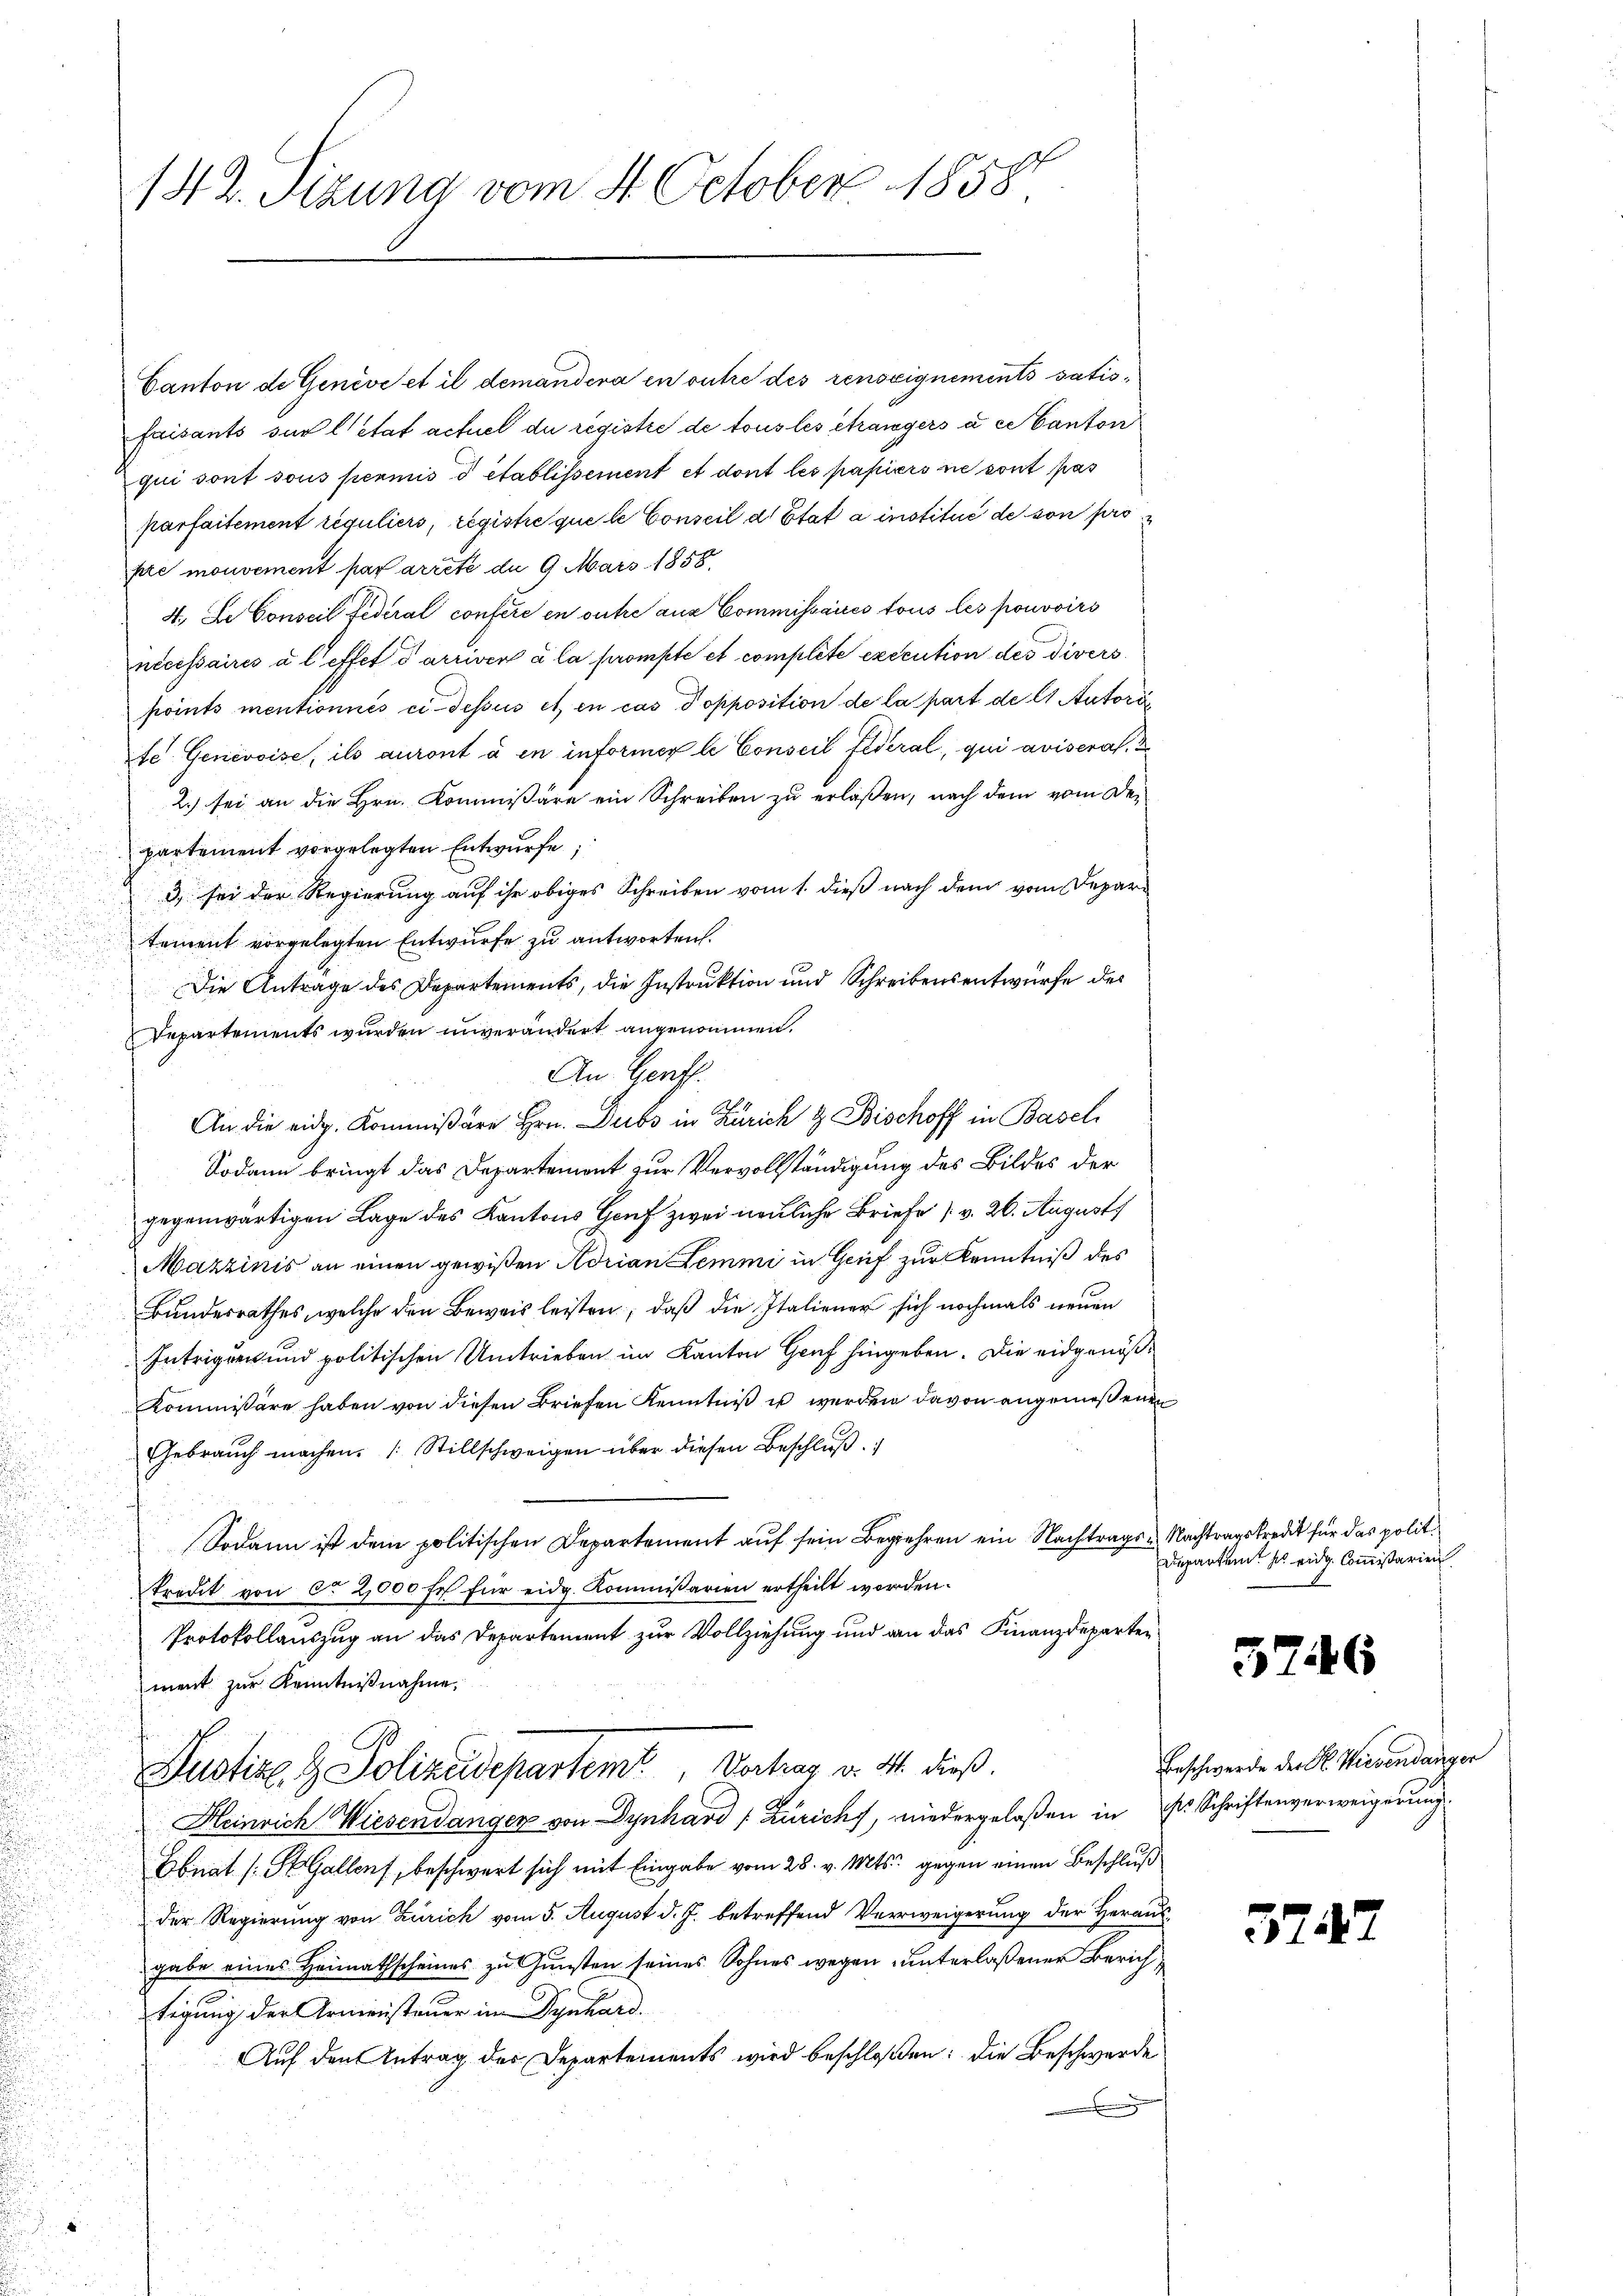
d

142. Sizung vom 4. October 1858.

Canton de Genève et il demandera en outre des renseignements satisfaisants sur l’état actuel du registre de tous les étrangers à ce Canton
qui sont sous pennis d établissement et dont les papiers ne sont pas
parfaitement réguliers, registre que le Conseil d Etat à institué de son propre mouvement par arrete du 9. März 1858.
4., De Conseil Federal confere en outre aus Commissaires tous les pouvoirs
nécessaires à l’effet d arriven à la prompte et complite execution des Divers
points mentionnés ci-dessus et en cas dopposition de la part de lt. Autori
te Genevoise, ils auront à en informer le Conseil fédéral, qui avisera, 2
2.) sei an die Hrn. Kommissäre ein Schreiben zu erlaßen, nach dem vom Departement vorgelegten Entwurfe,
3) sei der Regierung auf ihr obiges Schreiben vom 1. dieß nach dem vom Depar-

tement vorgelegten Entwurfe zu antworten.
Die Antrage des Departements, die Instruktion und Schreibensentwurfe des
Departements wurden unverändert angenommen.
An Gerff
An die eidg. Kommißäre Hrn. Dubs in Zürich & Bischoff in Basel
Sodann bringt das Departement zur Vervollständigung des Bildes der
gegenwärtigen Lage des Kantons Genf zwei neuliche Briefe (v. 26. August
Marzinis an einen gewißen Adrian Lemmi in Genf zur Kenntniß des
Bundesrathes, welche den Beweis leisten, daß die Italiener sich nochmals neuen
Intriguen und politischen Umtrieben im Kanton Genf hingeben. Die eidgenöß¬
Kommissäre haben von diesen Briefen Kenntniβ u werden davon angemeßenen
Gebrauch machen. (Stillschweigen über diesen Beschluß
Sodann ist dem politischen Departement auf sein Begehren ein Nachtrags- Nachtragskredit für das polittredit von ca 2,000 fr für eidg. Kommissarien ertheilt worden.
Protokollauszug an das Departement zur Vollziehung und an das Finanzdeparten
ment zur Kenntnißnahme.
Justiz & Polizeidepartemt, Vortrag v. M. dieß.
Heinrich Wiesendangen von Dynhard (Zürich, wiedergelaßen in P. Schriftenverweigerung
Obnat (St. Gallens, beschwert sich mit Eingabe vom 28. v. Mts. gegen einen Beschluß
der Regierung von Zürich vom 5. August d. J. betreffend Verweigerung der Herausgabe eines Heimathscheines zu Gunsten seines Sohnes wegen unterlaßener Zürichtigung der Armensteuer im Dynhard.
Auf den Antrag des Departements wird beschloßen: Die Beschwerde

Departem es eidg. Commißarien

5246

Beschwerde der H. Wiesendanger

3